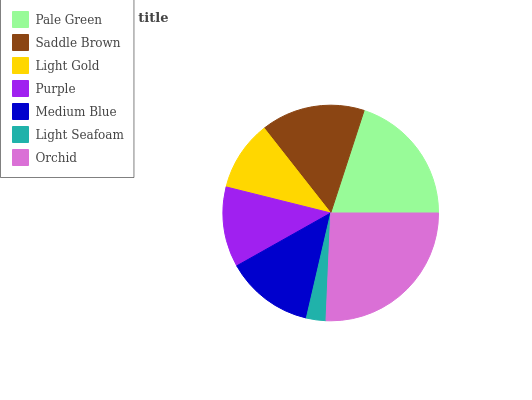
| Pale Green | Saddle Brown | Light Gold | Purple | Medium Blue | Light Seafoam | Orchid |
 | --- | --- | --- | --- | --- | --- | --- |
 | 20.1% | 15.6% | 10.5% | 12% | 13.2% | 2.93% | 25.6% |